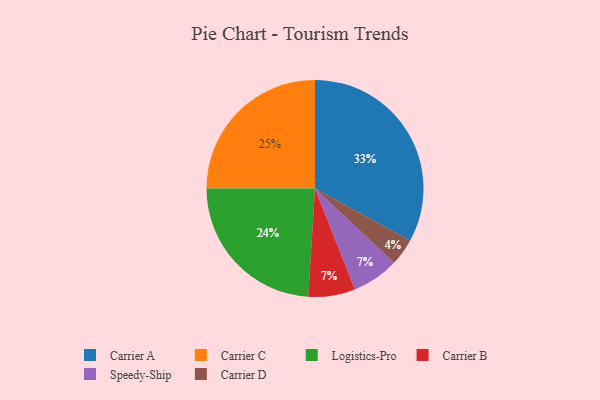
{"axis": {"x": "Category", "y": "Percentage"}, "legend": ["Carrier A", "Carrier B", "Carrier C", "Carrier D", "Logistics-Pro", "Speedy-Ship"], "data": [{"x": "Carrier B", "y": 7, "type": "Carrier B"}, {"x": "Carrier A", "y": 33, "type": "Carrier A"}, {"x": "Logistics-Pro", "y": 24, "type": "Logistics-Pro"}, {"x": "Speedy-Ship", "y": 7, "type": "Speedy-Ship"}, {"x": "Carrier D", "y": 4, "type": "Carrier D"}, {"x": "Carrier C", "y": 25, "type": "Carrier C"}]}